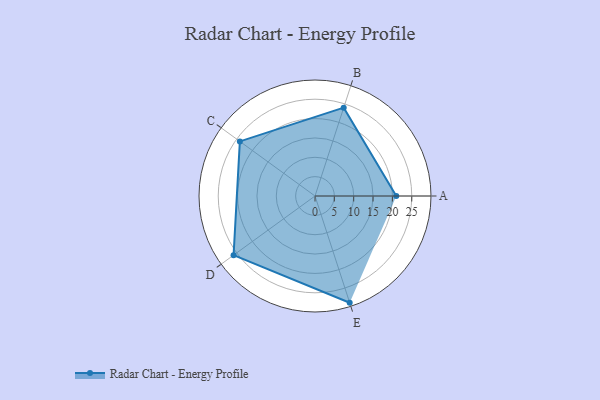
{"axis": {"x": "Skill", "y": "Score"}, "legend": ["Profile"], "data": [{"x": "A", "y": 21.0, "type": "Profile"}, {"x": "B", "y": 24.0, "type": "Profile"}, {"x": "C", "y": 24.0, "type": "Profile"}, {"x": "D", "y": 26.0, "type": "Profile"}, {"x": "E", "y": 29.0, "type": "Profile"}]}